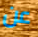
عن